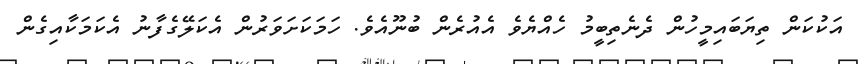
އަކުކަން ތިޔަބައިމީހުން ދެނެތިބީމު ހެއްޔެވެ އެއުރެން ބުނޫއެވެ. ހަމަކަށަވަރުން އެކަލޭގެފާނު އެކަމަކާއިގެން